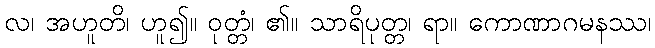
လ၊ အဟူတိ၊ ဟူ၍။ ဝုတ္တံ၊ ၏။ သာရိပုတ္တ၊ ရာ။ ကောဏာဂမနဿ၊